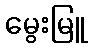
မွေးမြူ